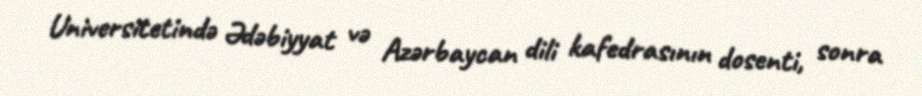
Universitetində Ədəbiyyat və Azərbaycan dili kafedrasının dosenti, sonra